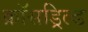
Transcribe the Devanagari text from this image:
क्रॉसड्रिल्ड